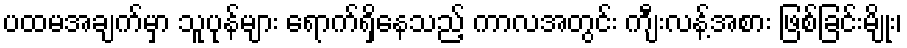
ပထမအချက်မှာ သူပုန်များ ရောက်ရှိနေသည့် ကာလအတွင်း ကျီးလန့်အစား ဖြစ်ခြင်းမျိုး၊